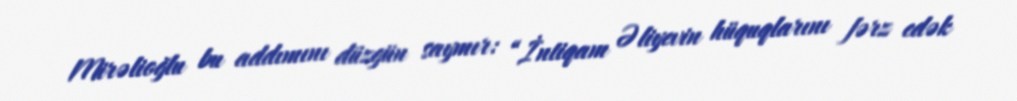
Mirəlioğlu bu addımını düzgün saymır: “İntiqam Əliyevin hüquqlarını fərz edək